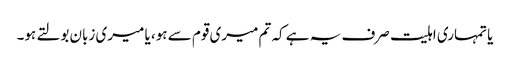
یا تمہاری اہلیت صرف یہ ہے کہ تم میری قوم سے ہو، یا میری زبان بولتے ہو۔